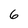
Character: 6